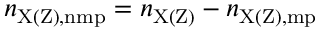
n _ { \mathrm { X ( Z ) , n m p } } = n _ { \mathrm { X ( Z ) } } - n _ { \mathrm { X ( Z ) , m p } }